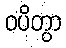
ဝပိတွာ